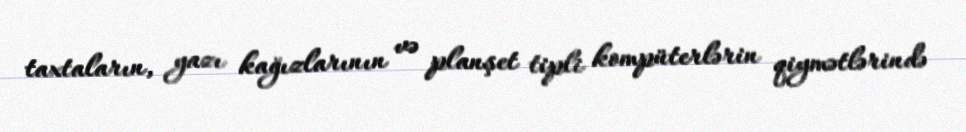
taxtaların, yazı kağızlarının və planşet tipli kompüterlərin qiymətlərində